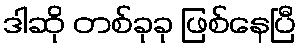
ဒါဆို တစ်ခုခု ဖြစ်နေပြီ